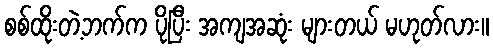
စစ်ထိုးတဲ့ဘက်က ပိုပြီး အကျအဆုံး များတယ် မဟုတ်လား။